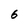
Character: 6